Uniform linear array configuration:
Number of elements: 32
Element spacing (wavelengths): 1
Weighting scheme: hann
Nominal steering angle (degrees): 30
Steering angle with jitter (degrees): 31.503
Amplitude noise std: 0.05
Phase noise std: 0.05

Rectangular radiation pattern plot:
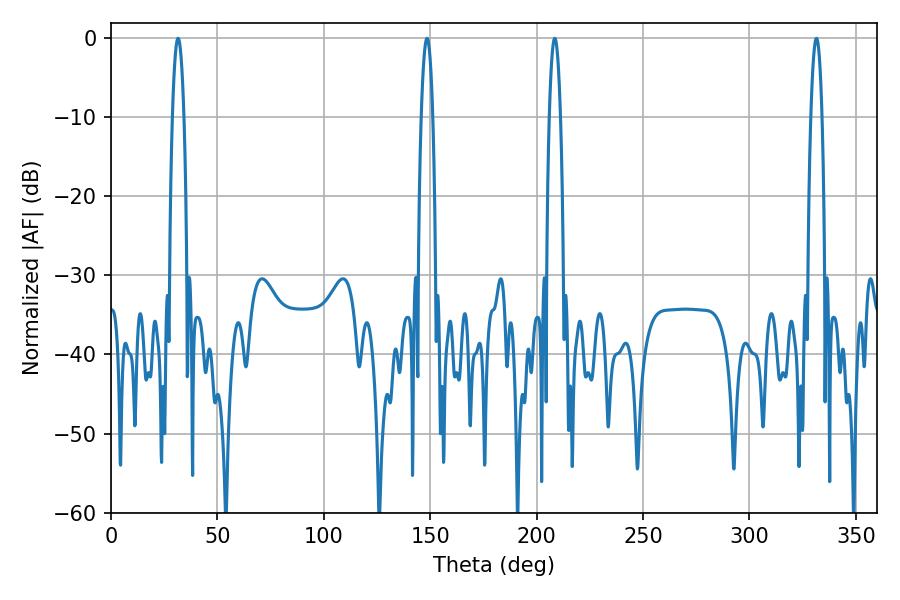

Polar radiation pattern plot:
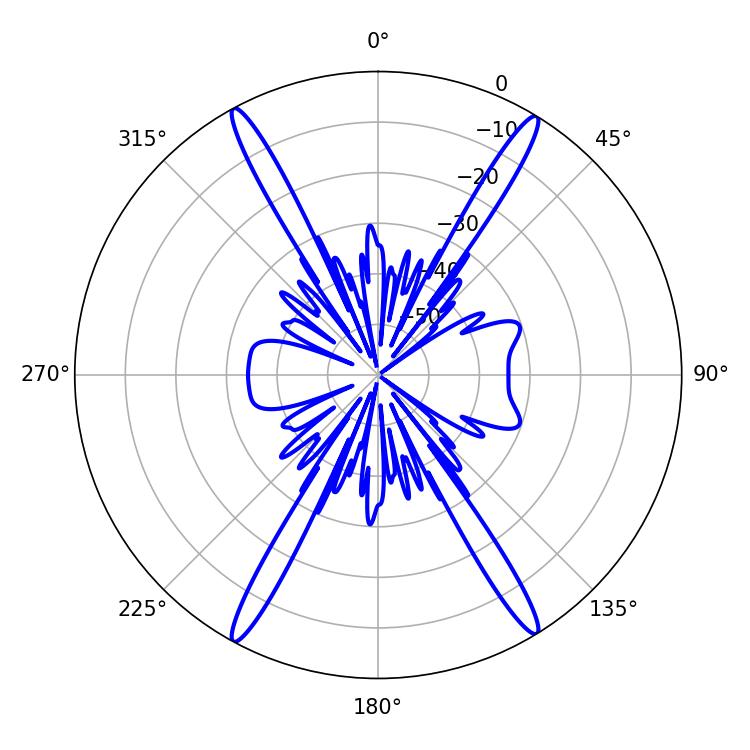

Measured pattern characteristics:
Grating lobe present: TRUE
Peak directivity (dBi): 24.576
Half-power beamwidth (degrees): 2.88
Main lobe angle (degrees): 31.5